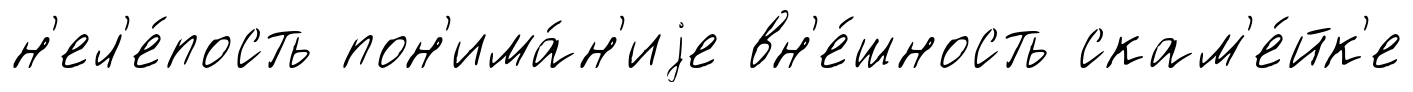
н'ел'е́пость пон'има́н'иjе вн'е́шность скам'е́йк'е